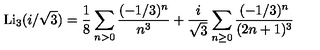
\mathrm { L i } _ { 3 } ( i / \sqrt 3 ) = \frac { 1 } { 8 } \sum _ { n > 0 } \frac { ( - 1 / 3 ) ^ { n } } { n ^ { 3 } } + \frac { i } { \sqrt 3 } \sum _ { n \ge 0 } \frac { ( - 1 / 3 ) ^ { n } } { ( 2 n + 1 ) ^ { 3 } }